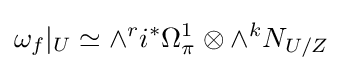
\omega _{f}|_{U}\simeq \wedge ^{r}i^{*}\Omega _{\pi }^{1}\otimes \wedge ^{k}N_{U/Z}